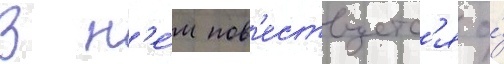
В н'е́м пов'ествуетс'я о́